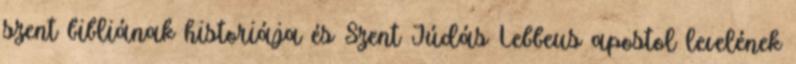
szent bibliának historiája és Szent Júdás Lebbeus apostol levelének